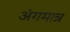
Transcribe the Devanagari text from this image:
अंगमात्र